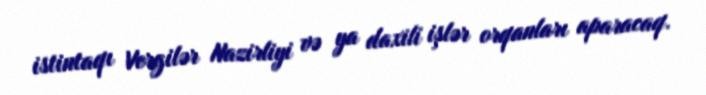
istintaqı Vergilər Nazirliyi və ya daxili işlər orqanları aparacaq.